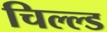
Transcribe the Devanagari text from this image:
चिल्ल्ड